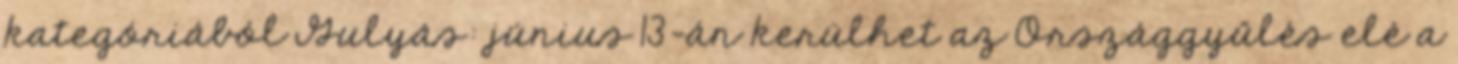
kategóriából Gulyás: június 13-án kerülhet az Országgyűlés elé a